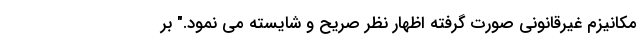
مکانیزم غیرقانونی صورت گرفته اظهار نظر صریح و شایسته می نمود." بر